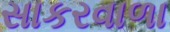
સાકરવાળા